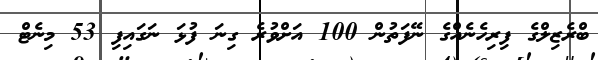
ބްރެޒިލްގެ ފިރިހެނެއްގެ ނޭފަތުން 100 އަށްވުރެ ގިނަ ފުޅަ ނަގައިފި 53 މިނެޓް